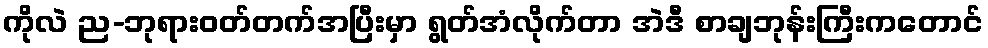
ကိုလဲ ည-ဘုရားဝတ်တက်အပြီးမှာ ရွတ်အံလိုက်တာ အဲဒီ စာချဘုန်းကြီးကတောင်